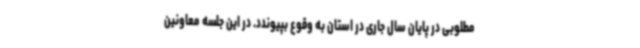
مطلوبی در پایان سال جاری در استان به وقوع بپیوندد. در این جلسه معاونین